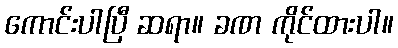
ကောင်းပါပြီ ဆရာ။ ခဏ ကိုင်ထားပါ။